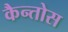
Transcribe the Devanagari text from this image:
कैन्तोस